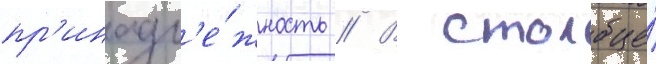
пр'инадл'е́жность // В столбце́